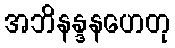
အဘိနန္ဒနဟေတု